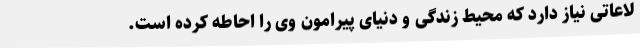
لاعاتی نیاز دارد که محیط زندگی و دنیای پیرامون وی را احاطه کرده است.